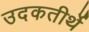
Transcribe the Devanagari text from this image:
उदकतीर्थे